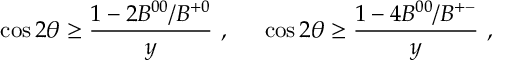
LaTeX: \cos 2 \theta \ge { \frac { 1 - 2 B ^ { 0 0 } / B ^ { + 0 } } { y } } ~ , ~ ~ ~ ~ \cos 2 \theta \ge { \frac { 1 - 4 B ^ { 0 0 } / B ^ { + - } } { y } } ~ ,